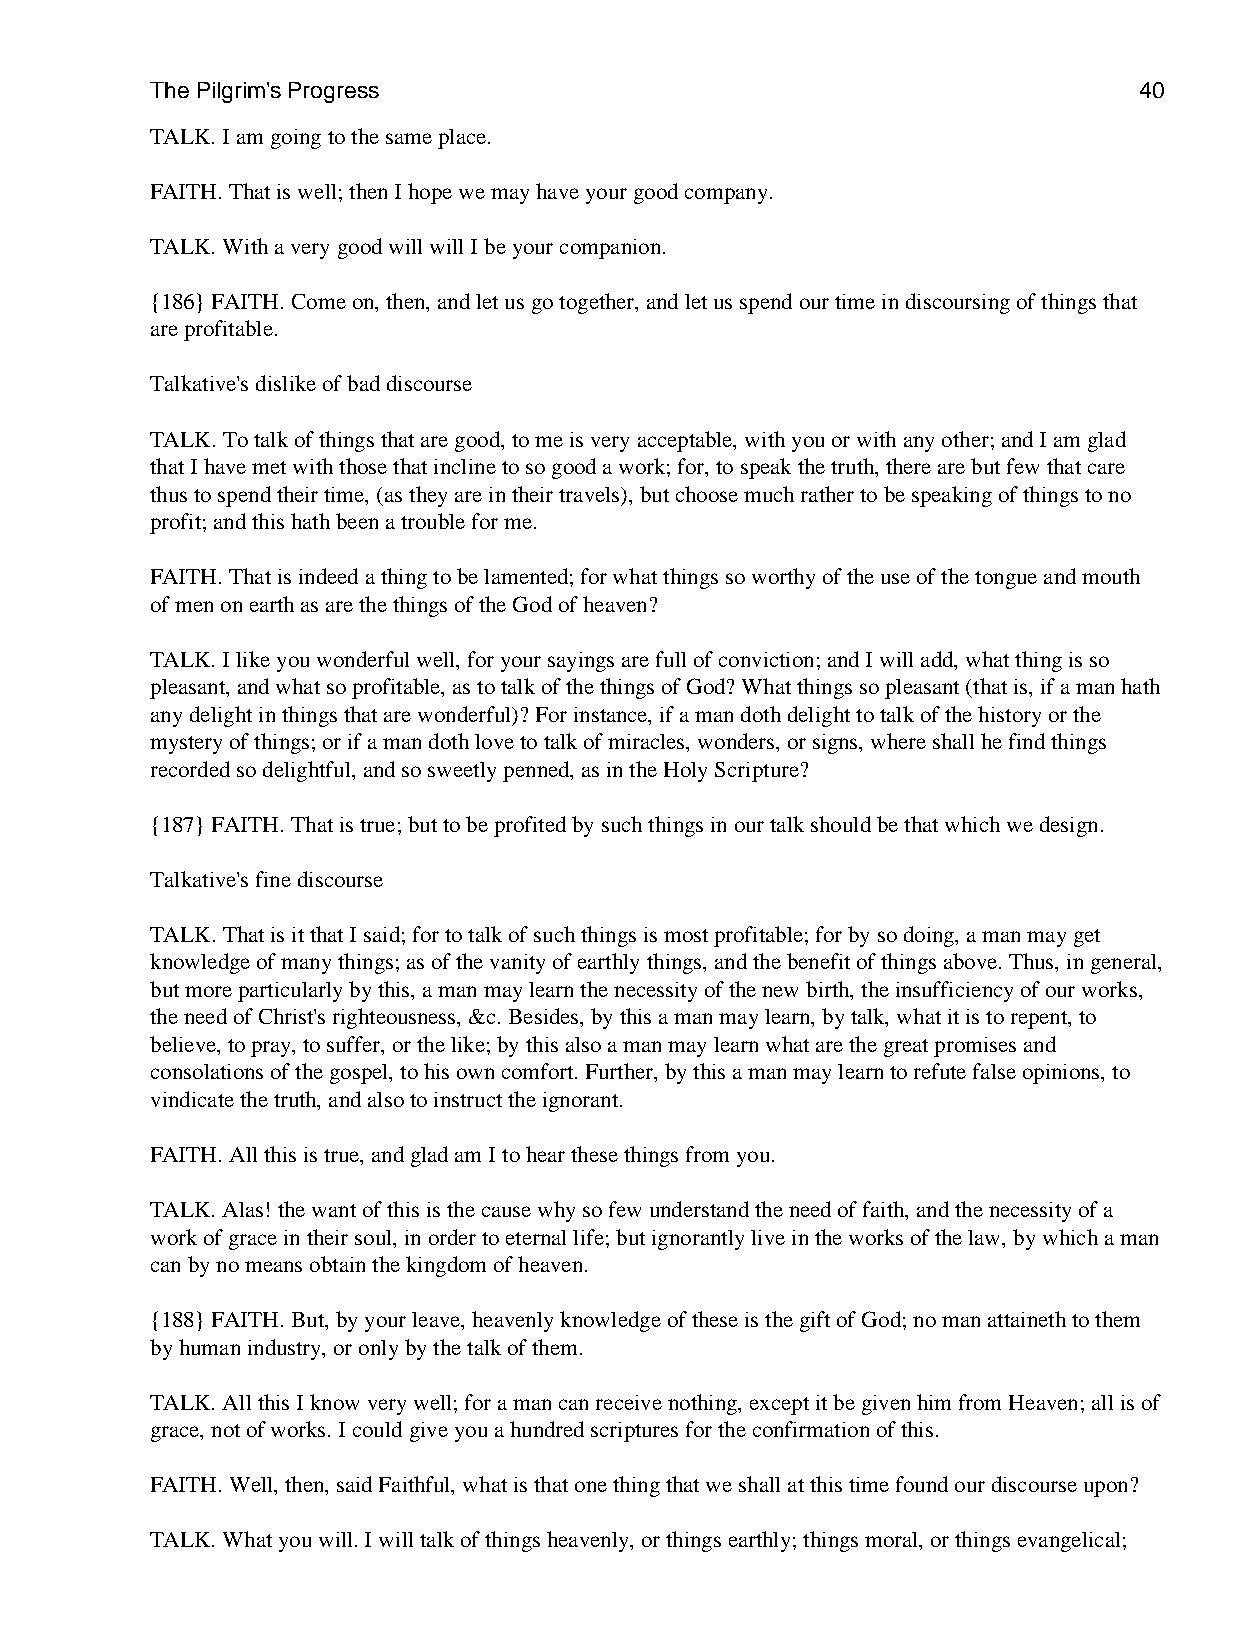
The Pilgrim's Progress                                           40
 TALK. I am going to the same place.
 FAITH. That is well; then I hope we may have your good company.
 TALK. With a very good will will I be your companion.
 {186} FAITH. Come on, then, and let us go together, and let us spend our time in discoursing of things that
 are profitable.
 Talkative's dislike of bad discourse
 TALK. To talk of things that are good, to me is very acceptable, with you or with any other; and I am glad
 that I have met with those that incline to so good a work; for, to speak the truth, there are but few that care
 thus to spend their time, (as they are in their travels), but choose much rather to be speaking of things to no
 profit; and this hath been a trouble for me.
 FAITH. That is indeed a thing to be lamented; for what things so worthy of the use of the tongue and mouth
 of men on earth as are the things of the God of heaven?
 TALK. I like you wonderful well, for your sayings are full of conviction; and I will add, what thing is so
 pleasant, and what so profitable, as to talk of the things of God? What things so pleasant (that is, if a man hath
 any delight in things that are wonderful)? For instance, if a man doth delight to talk of the history or the
 mystery of things; or if a man doth love to talk of miracles, wonders, or signs, where shall he find things
 recorded so delightful, and so sweetly penned, as in the Holy Scripture?
 {187} FAITH. That is true; but to be profited by such things in our talk should be that which we design.
 Talkative's fine discourse
 TALK. That is it that I said; for to talk of such things is most profitable; for by so doing, a man may get
 knowledge of many things; as of the vanity of earthly things, and the benefit of things above. Thus, in general,
 but more particularly by this, a man may learn the necessity of the new birth, the insufficiency of our works,
 the need of Christ's righteousness, &c. Besides, by this a man may learn, by talk, what it is to repent, to
 believe, to pray, to suffer, or the like; by this also a man may learn what are the great promises and
 consolations of the gospel, to his own comfort. Further, by this a man may learn to refute false opinions, to
 vindicate the truth, and also to instruct the ignorant.
 FAITH. All this is true, and glad am I to hear these things from you.
 TALK. Alas! the want of this is the cause why so few understand the need of faith, and the necessity of a
 work of grace in their soul, in order to eternal life; but ignorantly live in the works of the law, by which a man
 can by no means obtain the kingdom of heaven.
 {188} FAITH. But, by your leave, heavenly knowledge of these is the gift of God; no man attaineth to them
 by human industry, or only by the talk of them.
 TALK. All this I know very well; for a man can receive nothing, except it be given him from Heaven; all is of
 grace, not of works. I could give you a hundred scriptures for the confirmation of this.
 FAITH. Well, then, said Faithful, what is that one thing that we shall at this time found our discourse upon?
 TALK. What you will. I will talk of things heavenly, or things earthly; things moral, or things evangelical;